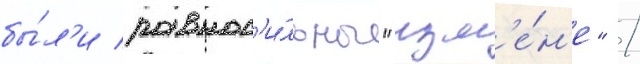
бы́л'и равнос'и́льны "изм'е́н'е" /